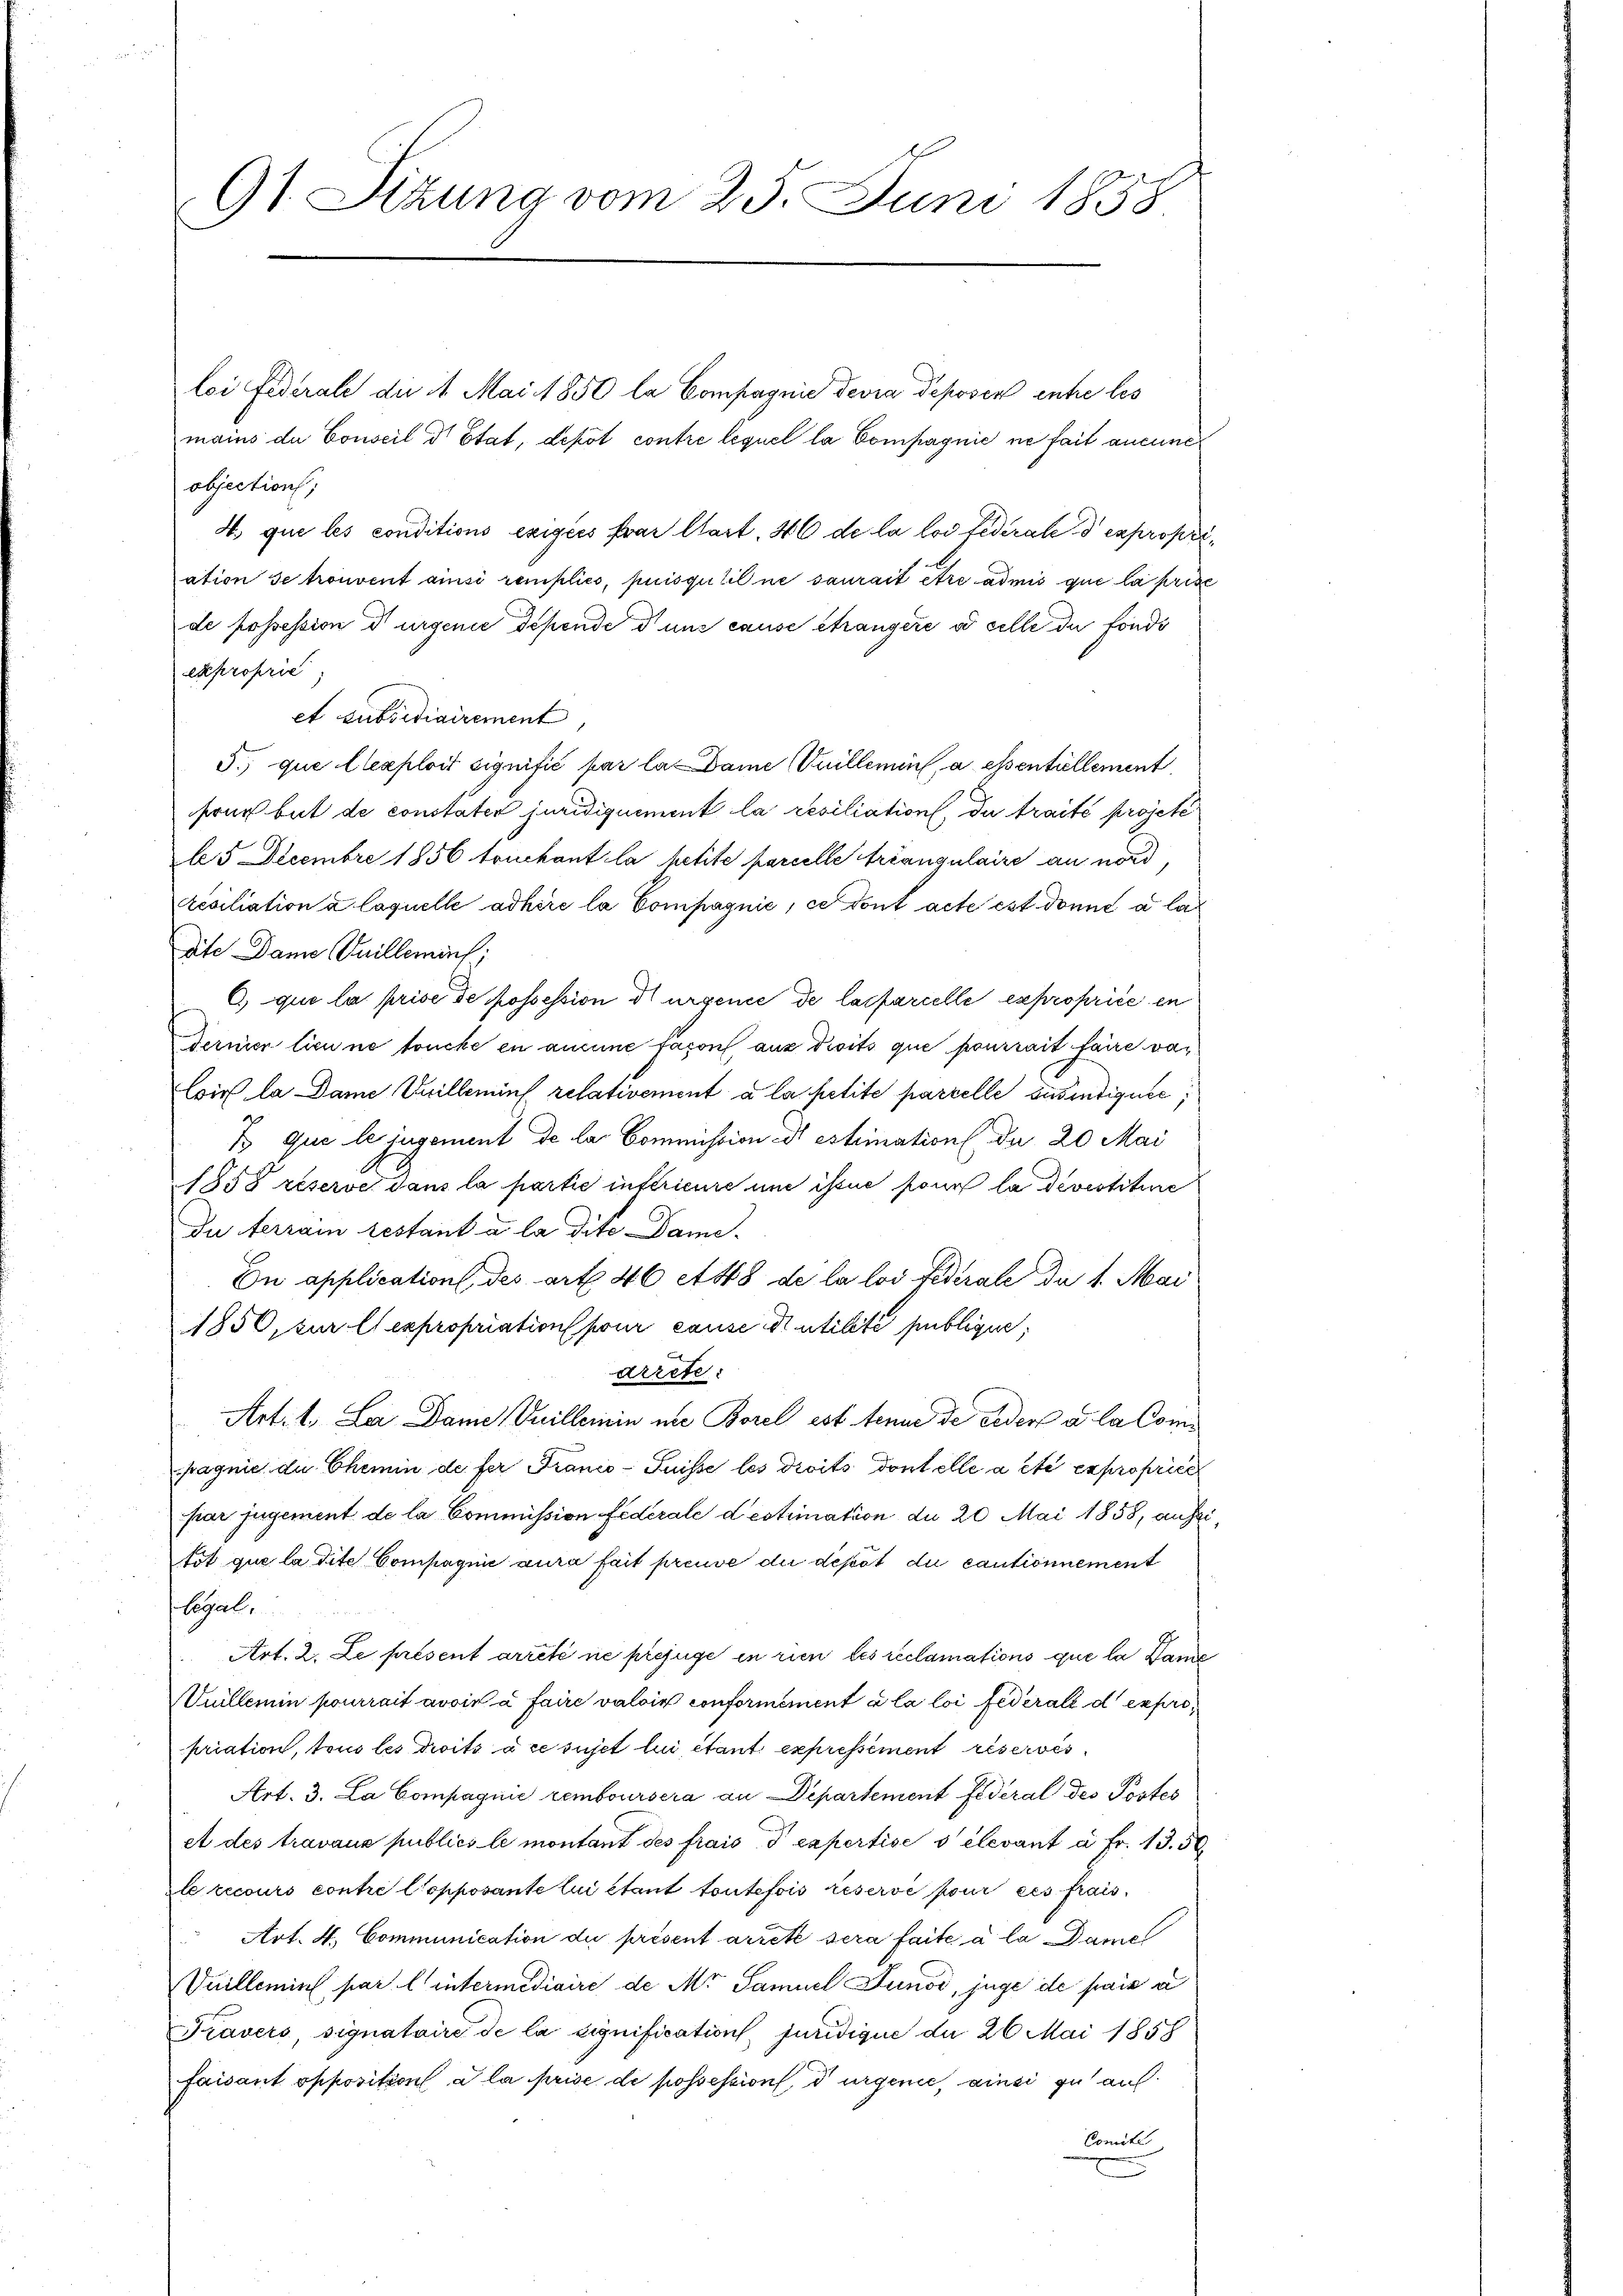
91. Sizung vom 25. Juni 1858

loi Federale du it. Mai 1850 la Compagnie devra deposen entre les
mains de Conseil d’Etat, depot contre lequel la Compagnie ne fait aucune
objection;
4. que les conditions exigées far Clart. 46 de la loi Federale d expropriation se trouvent ainsi remplics, puisquitil ne saurait être admis que la prise
de possession d’urgenie depende d uns cause étrangire à celle du fonds
exproprie
et subsidiairement
5.) que lexploit signifié par la Dame Vuillemins, a essentiellement
frug but de constater juridiquement la resiliation, da traité projete
15 Decembre 1856 truckant la petite parcelle Erlangulaire an nord
résiliation à laquelle adhire la Compagnie, ce dont acte est donne a la
aite Dame Guillemenf;
C) que la prise de possession dargence de la farcelle expropriée en
Termier lieune touche en aneine facon aus droits que pourrait faire valoir la Dame Unillemins relativement à la petite parzelle sus indiquée,
B que le jugement de la Commission dr estimation. Da 20 Mai
1858 reserve dans la partie instrieure und issue pour la devestitue
Du ferrain testant a la dite Dame.
Dn application des art. 46 et 48 de la loi Federale du 1. Mai
1850, zur lexpropriation pour cause utilité publigen,
arrete.
Art. 1. Le Dame Vuilleinin nie Borel est tenue de ceder a la Compagnie die Chemin de fer Franco- Puisse les droits dont elle a été expropriet
par jugement de la Commission Federale destimation du 20 Mai 1858, aussitot que la dite Compagnie aura fait preuve die depot du cautionnement
Segal,
Art. 2. Le présent arrété ne prejuge in rien les reclamations que la Bande
Vuillemin pourrait avoir à faire valoir conformément à la loi fédérali d expropriation, tous les droits à ce sujet lui étant expressement eisewes
Art. 3. La Compagnie remboursera an Departement fideral des Postes
et des travaux publics le montant des frais d expertise velevant à Fr. 13. 50
le recours contre l’opposante lui étant toutefois réserve pour ces frais,
Art. 4. Communication du présent arrete sera faite à la Damel
Vuillemins par l. intermediaire de Mr Samuel Funod, juge de paix a
Travers, signataire de la signification, juridique der 26 Mai 1858
faisant opposition a la prise de possession, d urgenie, ainsi zu auf
Comité
g